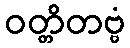
ဝတ္တိတဗ္ဗံ